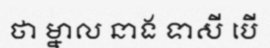
ថា ម្នាល នាង ទាសី បើ